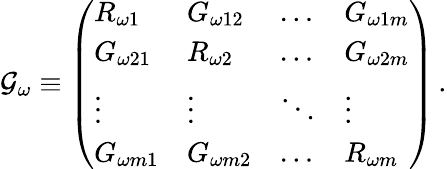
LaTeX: \mathcal{G}_{\omega}\equiv\left(\begin{array}{llll}{R_{\omega 1}}&{G_{\omega 12}}&{\dots}&{G_{\omega 1m}}\\ {G_{\omega 21}}&{R_{\omega 2}}&{\dots}&{G_{\omega 2m}}\\ {\vdots}&{\vdots}&{\ddots}&{\vdots}\\ {G_{\omega m1}}&{G_{\omega m2}}&{\dots}&{R_{\omega m}}\end{array}\right)\, .